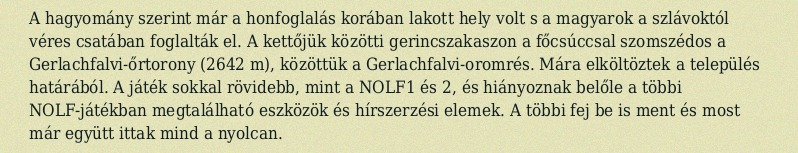
A hagyomány szerint már a honfoglalás korában lakott hely volt s a magyarok a szlávoktól véres csatában foglalták el. A kettőjük közötti gerincszakaszon a főcsúccsal szomszédos a Gerlachfalvi-őrtorony (2642 m), közöttük a Gerlachfalvi-oromrés. Mára elköltöztek a település határából. A játék sokkal rövidebb, mint a NOLF1 és 2, és hiányoznak belőle a többi NOLF-játékban megtalálható eszközök és hírszerzési elemek. A többi fej be is ment és most már együtt ittak mind a nyolcan.